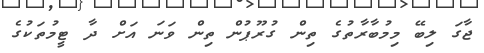
ޖާގަ ލިބޭ މިމުބާރާތުގެ ތިން ގުރޫޕުން ތިން ވަނަ އަށް ދާ ޓީމުތަކުގެ